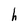
Character: h